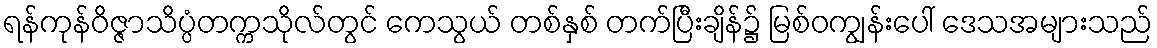
ရန်ကုန်ဝိဇ္ဇာသိပ္ပံတက္ကသိုလ်တွင် ကေသွယ် တစ်နှစ် တက်ပြီးချိန်၌ မြစ်ဝကျွန်းပေါ် ဒေသအများသည်